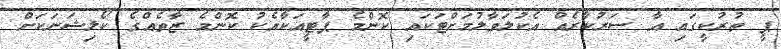
ޕީ ތުރުކީގައި އާ ސަރުކާރެއް އެކުލަވާލުމަށްޓަކައި ކޮންމެ ޕާޓީއަކާއެކު ކޮންމެ ޒާތެއްގެ ކޯލިޝަނަކަށް